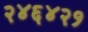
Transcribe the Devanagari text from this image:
२४६४२१